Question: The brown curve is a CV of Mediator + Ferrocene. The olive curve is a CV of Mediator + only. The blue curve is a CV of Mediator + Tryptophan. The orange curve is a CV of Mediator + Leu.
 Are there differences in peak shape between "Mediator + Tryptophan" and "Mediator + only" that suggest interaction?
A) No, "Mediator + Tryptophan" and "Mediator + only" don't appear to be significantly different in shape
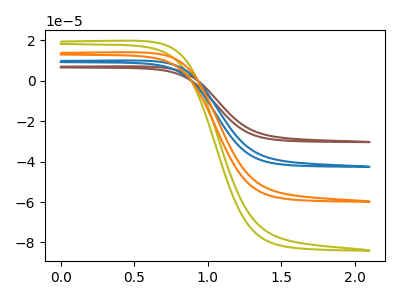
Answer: <think>The brown curve "Mediator + Ferrocene" has no peaks. The olive curve "Mediator + only" has no peaks. The blue curve "Mediator + Tryptophan" has no peaks. The orange curve "Mediator + Leu" has no peaks.
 Neither "Mediator + Tryptophan" or "Mediator + only" have any peaks.</think>
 <answer>A) No, "Mediator + Tryptophan" and "Mediator + only" don't appear to be significantly different in shape</answer>
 <eval>A</eval>